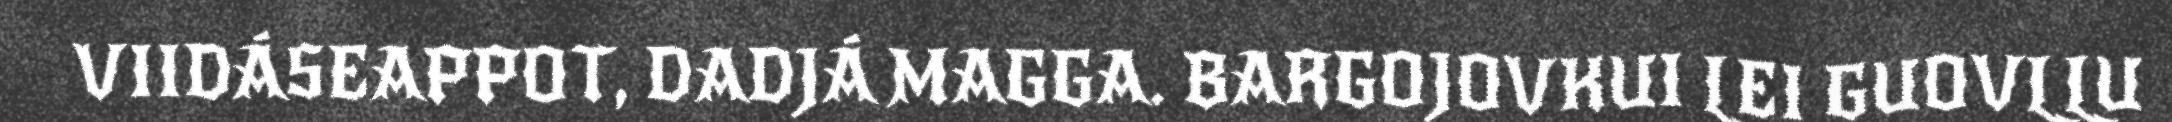
VIIDÁSEAPPOT, DADJÁ MAGGA. BARGOJOVKUI LEI GUOVLLU